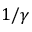
1 / \gamma